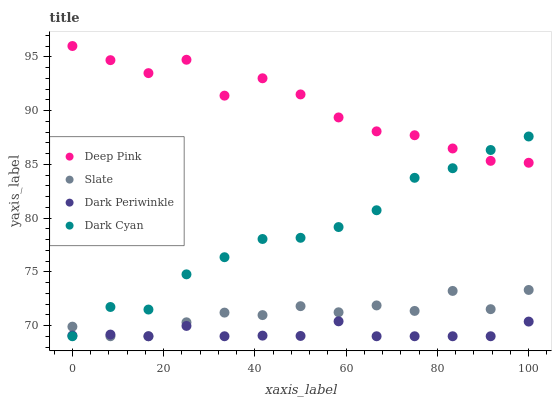
| xaxis_label | Deep Pink | Slate | Dark Periwinkle | Dark Cyan |
 | --- | --- | --- | --- | --- |
 | 0 | 96 | 69.9 | 69.1 | 69 |
 | 8.33 | 94.7 | 69 | 69.2 | 71.7 |
 | 16.7 | 93.5 | 69 | 69 | 71.5 |
 | 25 | 94.7 | 70.3 | 70 | 74.8 |
 | 33.3 | 91.4 | 71.2 | 69 | 76.4 |
 | 41.7 | 93 | 71 | 69.1 | 78 |
 | 50 | 91.5 | 71.8 | 69 | 78.2 |
 | 58.3 | 89.4 | 71.2 | 70.4 | 79.2 |
 | 66.7 | 88.1 | 71.9 | 69 | 80.7 |
 | 75 | 87.7 | 71.4 | 69 | 83.7 |
 | 83.3 | 86.5 | 73.2 | 69 | 84.6 |
 | 91.7 | 85.3 | 71.5 | 69 | 86.3 |
 | 100 | 85.1 | 73.3 | 70.4 | 87.6 |